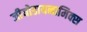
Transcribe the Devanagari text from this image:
जीयोडायनामिक्स